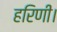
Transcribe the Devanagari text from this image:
हरिणी।